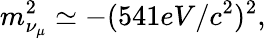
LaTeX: m_{\nu_{\mu}}^{2}\simeq-(541eV/c^{2})^{2},